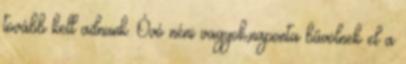
tovább kell adnunk. Óvó néni vagyok,naponta bűvölnek el a